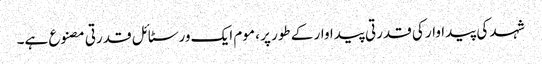
شہد کی پیداوار کی قدرتی پیداوار کے طور پر ، موم ایک ورسٹائل قدرتی مصنوع ہے۔